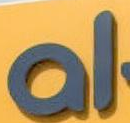
al